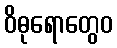
ဝိဓုရောတွေဝ